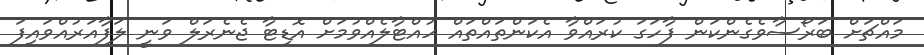
މައްޗަށް ބަރޯސާވެގެންކަން ފާހަގަ ކުރައްވާ އެކަންތައްތައް ހުއްޓާލެއްވުމަށް އޮޑިޓާ ޖެނެރަލް ވަނީ ލަފާއަރުއްވައިފަ